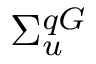
\Sigma _ { u } ^ { q G }